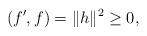
LaTeX: \begin{align*} (f',f)=\|h\|^2 \geq 0,\end{align*}